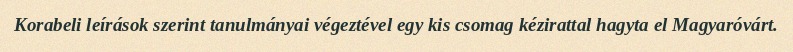
Korabeli leírások szerint tanulmányai végeztével egy kis csomag kézirattal hagyta el Magyaróvárt.